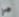
هي